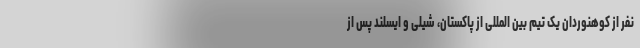
نفر از کوهنوردان یک تیم بین المللی از پاکستان، شیلی و ایسلند پس از